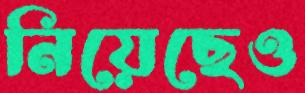
নিয়েছেও